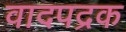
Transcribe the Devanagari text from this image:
वादपद्रक